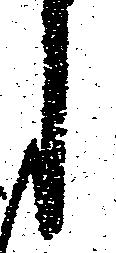
し